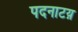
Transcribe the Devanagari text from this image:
पदनाटय़